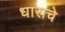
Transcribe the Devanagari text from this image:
धाराचे